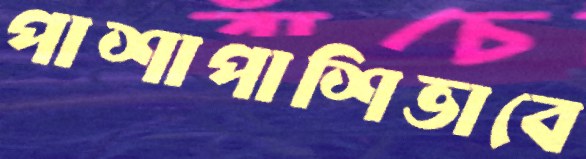
পাশাপাশিভাবে